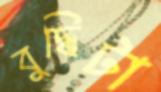
বুদ্ধিটা